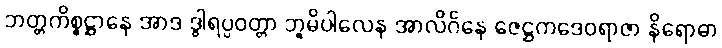
ဘတ္တကိစ္စဋ္ဌာနေ အာဒ ဒွါရပ္ပဝတ္တာ ဘူမိပါလေန အာလိင်္ဂနေ ဇေဋ္ဌကဒေဝရာဇာ နိရောဓာ